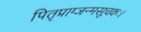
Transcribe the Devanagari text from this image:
पितृप्राग्जन्मसूचकः।